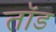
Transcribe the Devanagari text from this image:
तॉड